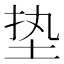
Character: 垫